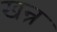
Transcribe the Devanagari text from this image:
खन्र